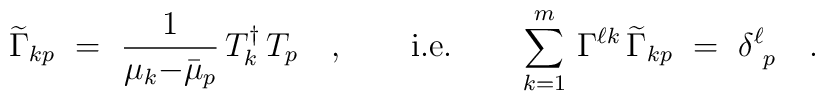
\widetilde{\Gamma}_{kp}\ =\ \frac{1}{\mu_k{-}\bar{\mu}_p}\,T_k^\dagger\,T_p\quad, \qquad\textrm{i.e.}\qquad\sum_{k=1}^m\,\Gamma^{\ell k}\,\widetilde{\Gamma}_{kp}\ =\ \delta_{\ p}^\ell \quad.